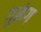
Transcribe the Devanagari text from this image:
गुरूंग